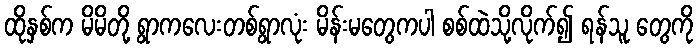
ထိုနှစ်က မိမိတို့ ရွာကလေးတစ်ရွာလုံး မိန်းမတွေကပါ စစ်ထဲသို့လိုက်၍ ရန်သူ တွေကို